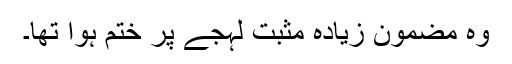
وہ مضمون زیادہ مثبت لہجے پر ختم ہوا تھا۔